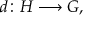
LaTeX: d \colon H \longrightarrow G ,